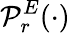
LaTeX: {\cal P}_{r}^{E}(\cdot)